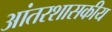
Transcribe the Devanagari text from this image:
आंतरशासकीय